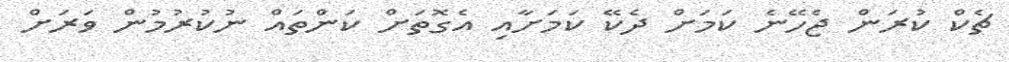
ޗެކް ކުރަން ޖެހޭނެ ކަމަށް ދެކޭ ކަމަށާއި އެގޮތަށް ކަންތައް ނުކުރުމުން ވަރަށް